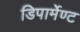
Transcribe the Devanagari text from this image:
डिपार्मेण्ट